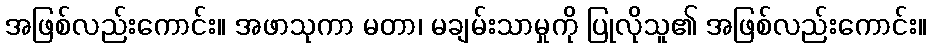
အဖြစ်လည်းကောင်း။ အဖာသုကာ မတာ၊ မချမ်းသာမှုကို ပြုလိုသူ၏ အဖြစ်လည်းကောင်း။